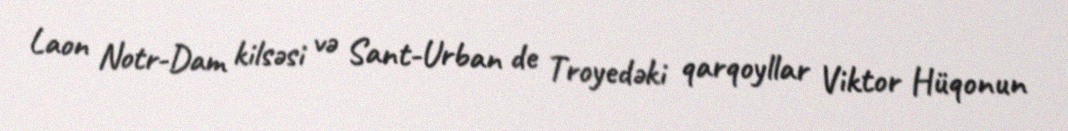
Laon Notr-Dam kilsəsi və Sant-Urban de Troyedəki qarqoyllar Viktor Hüqonun